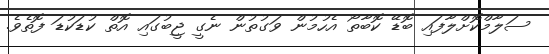
ސަލާމްކޮށްލާފައި ބޮޑޭ ކޮބާތޯ އެހުމުން ވަގުތުން ނެގީ ޖީބުގައި އޮތް ކުޑަކުޑަ ފޮތެވެ.